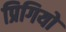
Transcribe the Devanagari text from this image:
प्रिगियो